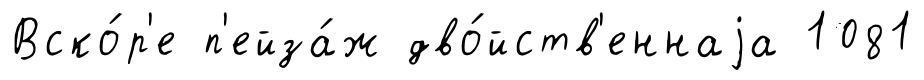
Вско́р'е п'ейза́ж дво́йств'еннаjа 1081